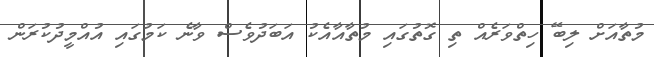
މުތާއަށް ލިބޭ ހިތްވަރެއް ތި ގޮތުގައި މުތާއާއެކު އަބަދުވެސް ވާނެ ކަމުގައި އުއްމީދުކުރަން